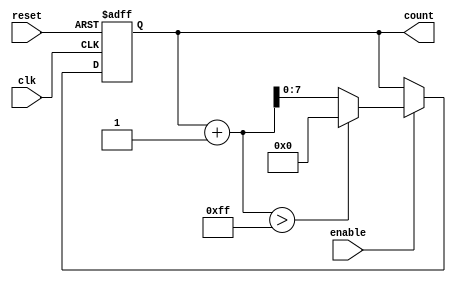
module IncrementalCounter #(
    parameter INITIAL_VALUE = 0,  // Initial count value
    parameter STEP_SIZE = 1,       // Increment step size
    parameter MAX_COUNT = 255       // Maximum count value
)(
    input wire clk,                // Clock input
    input wire reset,              // Asynchronous reset input
    input wire enable,             // Enable input
    output reg [7:0] count         // Current count value (8-bit output)
);

    // Initialize the count value
    initial begin
        count = INITIAL_VALUE;
    end

    // Always block triggered on the clock edge
    always @(posedge clk or posedge reset) begin
        if (reset) begin
            // Reset the count to the initial value
            count <= INITIAL_VALUE;
        end else if (enable) begin
            // Increment the count if it does not exceed the maximum count
            if (count + STEP_SIZE > MAX_COUNT) begin
                count <= 0; // Wrap around to zero
            end else begin
                count <= count + STEP_SIZE; // Increment by step size
            end
        end
    end

endmodule